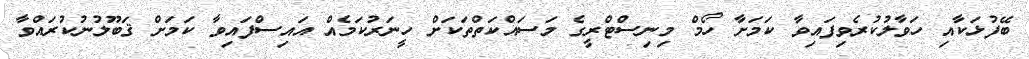
ބޭފުޅަކާއި ހަވާލުކުރެވިފައިވާ ކަމަށާ ހޯމް މިނިސްޓްރީގެ މަސައްކަތްތަކަށް ހީނަރުކަމެއް އައިސްފައިވާ ކަމަށް ޤަބޫލުނުކުރައްވާ